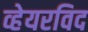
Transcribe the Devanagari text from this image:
व्हेयरविद